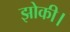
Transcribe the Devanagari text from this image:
झोकी।